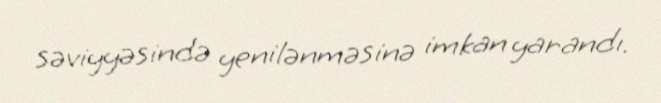
səviyyəsində yenilənməsinə imkan yarandı.